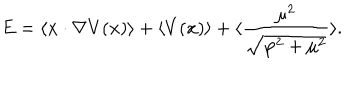
E = \langle { \bf x } \cdot \nabla V ( { \bf x } ) \rangle + \langle V ( { \bf x } ) \rangle + \langle { \frac { { \mu } ^ { 2 } } { \sqrt { { \bf p } ^ { 2 } + { \mu } ^ { 2 } } } } \rangle .